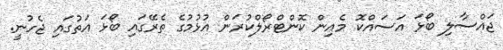
ޖައްސާލި ބޯޅަ އަސައްކޮ މެއިން ކޮންޓްރޯލްކުރަން އުޅުމުގެ ތެރޭގައި ބޯޅަ އަތުގައި ޖެހުނީ.